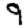
Digit: 9